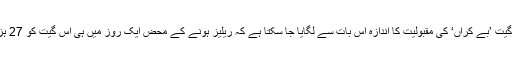
2 منٹ اور 21 سیکنڈز پر مشتمل گیت ’بے کراں‘ کی مقبولیت کا اندازہ اس بات سے لگایا جا سکتا ہے کہ ریلیز ہونے کے محض ایک روز میں ہی اس گیت کو 27 ہزار سے زائد بار دیکھا جا چکا ہے۔